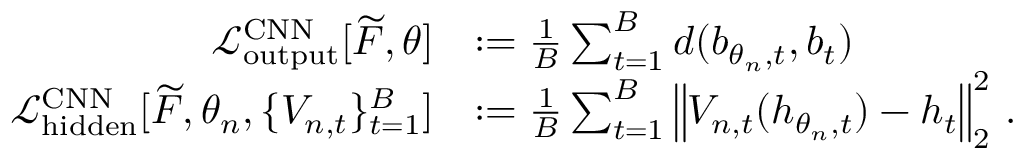
\begin{array} { r l } { \mathcal { L } _ { \mathrm { o u t p u t } } ^ { \mathrm { C N N } } [ \widetilde { F } , \theta ] } & { : = \frac { 1 } { B } \sum _ { t = 1 } ^ { B } d ( b _ { \theta _ { n } , t } , b _ { t } ) } \\ { \mathcal { L } _ { \mathrm { h i d d e n } } ^ { \mathrm { C N N } } [ \widetilde { F } , \theta _ { n } , \{ V _ { n , t } \} _ { t = 1 } ^ { B } ] } & { : = \frac { 1 } { B } \sum _ { t = 1 } ^ { B } \left\| V _ { n , t } ( h _ { \theta _ { n } , t } ) - h _ { t } \right\| _ { 2 } ^ { 2 } \, . } \end{array}